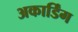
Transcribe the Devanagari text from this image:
अकार्डिंग